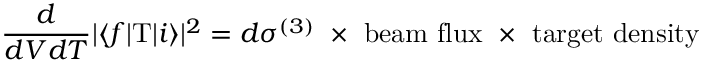
\frac { d } { d V d T } | \langle f | \mathrm { T } | i \rangle | ^ { 2 } = d \sigma ^ { ( 3 ) } \ \times \ \mathrm { b e a m \ f l u x } \ \times \ \mathrm { t a r g e t \ d e n s i t y }